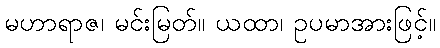
မဟာရာဇ၊ မင်းမြတ်။ ယထာ၊ ဥပမာအားဖြင့်။